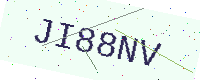
Text: JI88NV